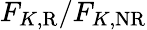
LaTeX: F_{K,\mathrm{R}}/F_{K,\mathrm{NR}}